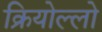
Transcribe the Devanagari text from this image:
क्रियोल्लो